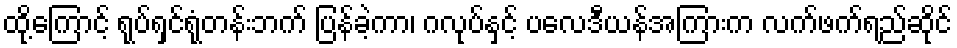
ထို့ကြောင့် ရုပ်ရှင်ရုံတန်းဘက် ပြန်ခဲ့ကာ၊ ဂလုပ်နှင့် ပလေဒီယန်အကြားက လက်ဖက်ရည်ဆိုင်